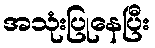
အသုံးပြုနေပြီး